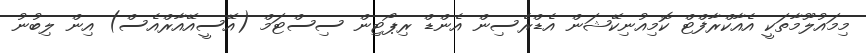
މިމައުލޫމާތަކީ އެއާކްރާފްޓް ކޮމިއުނިކޭޝަން އެޑްރެސިން އެންޑް ރިޕޯޓިން ސިސްޓަމް (އޭސީއޭއާރްއެސް) އިން ލިބުނު